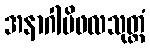
အနာဂါမိဖလသုတ္တံ